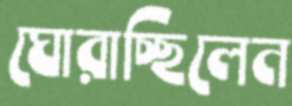
ঘোরাচ্ছিলেন